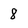
Character: 8